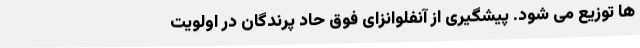
ها توزیع می شود. پیشگیری از آنفلوانزای فوق حاد پرندگان در اولویت